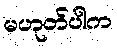
မဟုတ်ပါက